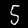
Digit: 5